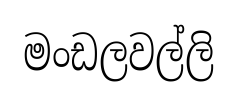
මංඩලවල්ලි